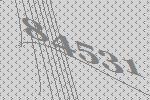
84531